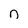
Character: n